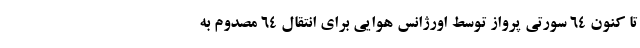
تا کنون ۶۴ سورتی پرواز توسط اورژانس هوایی برای انتقال ۶۴ مصدوم به